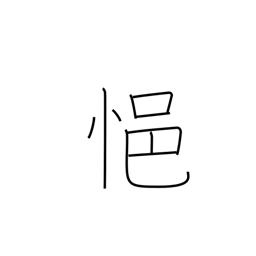
Meaning: be depressed